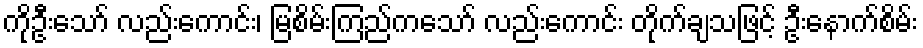
ကိုဦးသော် လည်းကောင်း၊ မြစိမ်းကြည်ကသော် လည်းကောင်း တိုက်ချသဖြင့် ဦးနောက်စိမ်း